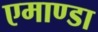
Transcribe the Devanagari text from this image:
एमाण्डा